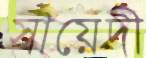
সায়েদী